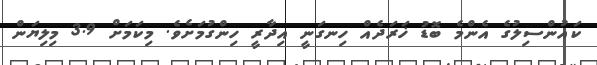
ކައުންސިލުގެ އެންމެ ބޮޑު ޚަރަދެއް ހިނގަނީ އިދާރީ ހިންގުމަށެވެ. މިކަމަށް 3.9 މިލިޔަން